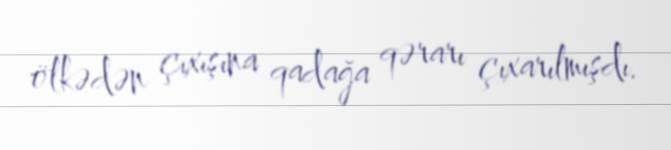
ölkədən çıxışına qadağa qərarı çıxarılmışdı.